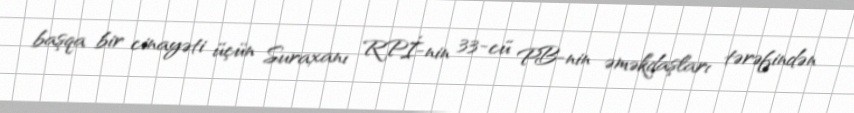
başqa bir cinayəti üçün Suraxanı RPİ-nin 33-cü PB-nin əməkdaşları tərəfindən